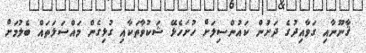
ޤާނޫނާއި ގަވާއިދުގެ ދަށުން ކައުންސިލަށް ހުށަހެޅޭ ޝަކުވާތަކާއި ގުޅިގެން މައްސަލަތައް ބެލުމަށް